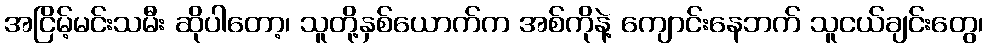
အငြိမ့်မင်းသမီး ဆိုပါတော့၊ သူတို့နှစ်ယောက်က အစ်ကိုနဲ့ ကျောင်းနေဘက် သူငယ်ချင်းတွေ၊